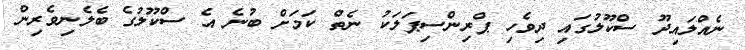
ނެއްލައިދޫ ސްކޫލުގައި ދިވެހި ޕްރިންސިޕަލަކު ނެތް ކަމަށް ބުނެ އެ ސްކޫލުގެ ބެލެނިވެރިން